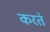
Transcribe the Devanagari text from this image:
करत॓